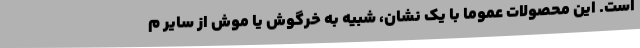
است. این محصولات عموما با یک نشان، شبیه به خرگوش یا موش از سایر م